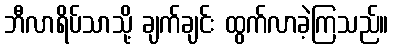
ဘီလာရိပ်သာသို့ ချက်ချင်း ထွက်လာခဲ့ကြသည်။